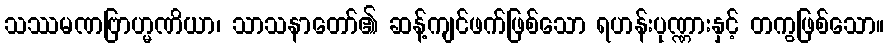
သဿမဏဗြာဟ္မဏိယာ၊ သာသနာတော်၏ ဆန့်ကျင်ဖက်ဖြစ်သော ရဟန်းပုဏ္ဏားနှင့် တကွဖြစ်သော။